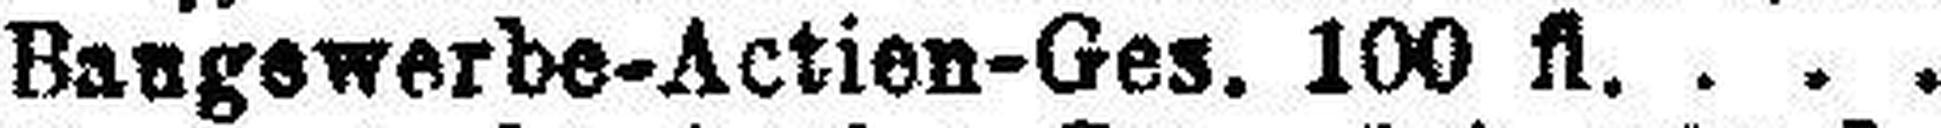
Baugewerbe-Actien-Ges. 100 fl.